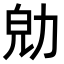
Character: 𠡞